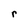
Character: r